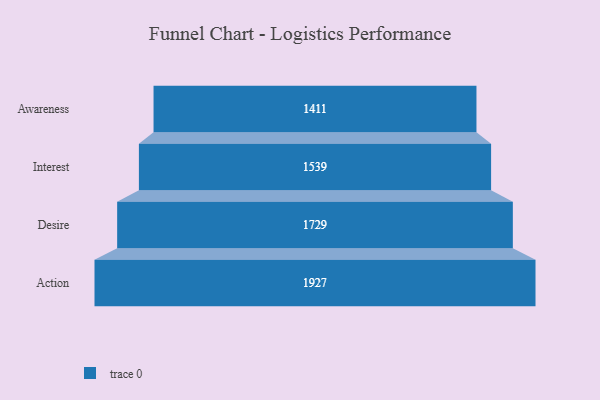
{"axis": {"x": "Stage", "y": "Value"}, "legend": [""], "data": [{"x": "Awareness", "y": 1411.0, "type": ""}, {"x": "Interest", "y": 1539.0, "type": ""}, {"x": "Desire", "y": 1729.0, "type": ""}, {"x": "Action", "y": 1927.0, "type": ""}]}